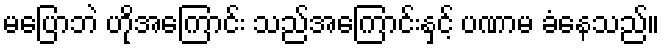
မပြောဘဲ ဟိုအကြောင်း သည်အကြောင်းနှင့် ပဏာမ ခံနေသည်။